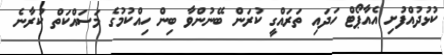
ކުޅުދުއްފުށި އެއާޕޯޓް ހަދައި ތަރައްގީ ކުރަން ބޭނުންވާ ބިން ހިއްކުމުގެ މަސައްކަތް ކުރާނެ